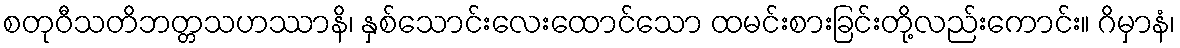
စတုဝီသတိဘတ္တသဟဿာနိ၊ နှစ်သောင်းလေးထောင်သော ထမင်းစားခြင်းတို့လည်းကောင်း။ ဂိမှာနံ၊